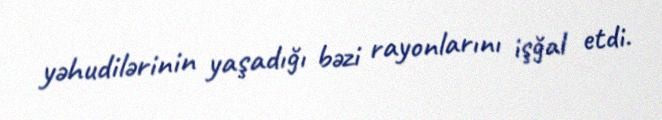
yəhudilərinin yaşadığı bəzi rayonlarını işğal etdi.